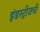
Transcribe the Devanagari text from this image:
इंडस्ट्रीजची